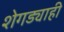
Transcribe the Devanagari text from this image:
शेगड्याही